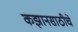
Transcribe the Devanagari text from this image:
कझानसाठीचे